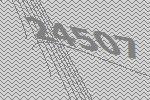
24507